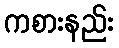
ကစားနည်း